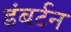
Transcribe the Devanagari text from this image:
डंबर्टन